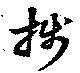
牋